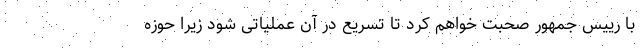
با رییس جمهور صحبت خواهم کرد تا تسریع در آن عملیاتی شود زیرا حوزه